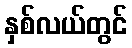
နှစ်လယ်တွင်